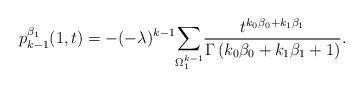
LaTeX: \begin{align*}p^{\beta_1}_{k-1}(1,t)=-(-\lambda)^{k-1}\underset{\Omega^{k-1}_{1}}{\sum}\frac{t^{k_0\beta_0+k_1\beta_1}}{\Gamma\left(k_0\beta_0+k_1\beta_1+1\right)}.\end{align*}